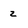
Character: z